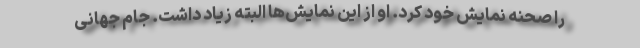
را صحنه نمایش خود کرد. او از این نمایش‌ها البته زیاد داشت. جام جهانی